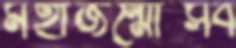
মহাজন্মোত্সব